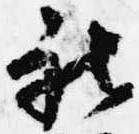
被